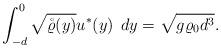
LaTeX: \begin{align*} \int_{-d}^{0} \sqrt{\mathring{\varrho}(y)}u^*(y)\;\,dy =\sqrt{g\varrho_0d^3}.\end{align*}